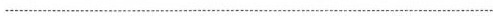
___